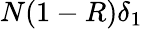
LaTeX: N(1-R)\delta_{1}